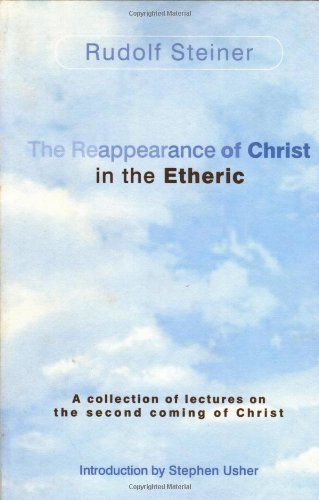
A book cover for The Reappearance of Christ in the Etheric; Rudolf Steiner; Religion & Spirituality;